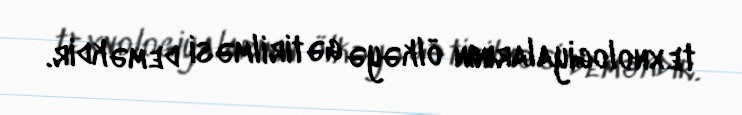
texnologiyalarının ölkəyə gətirilməsi deməkdir.